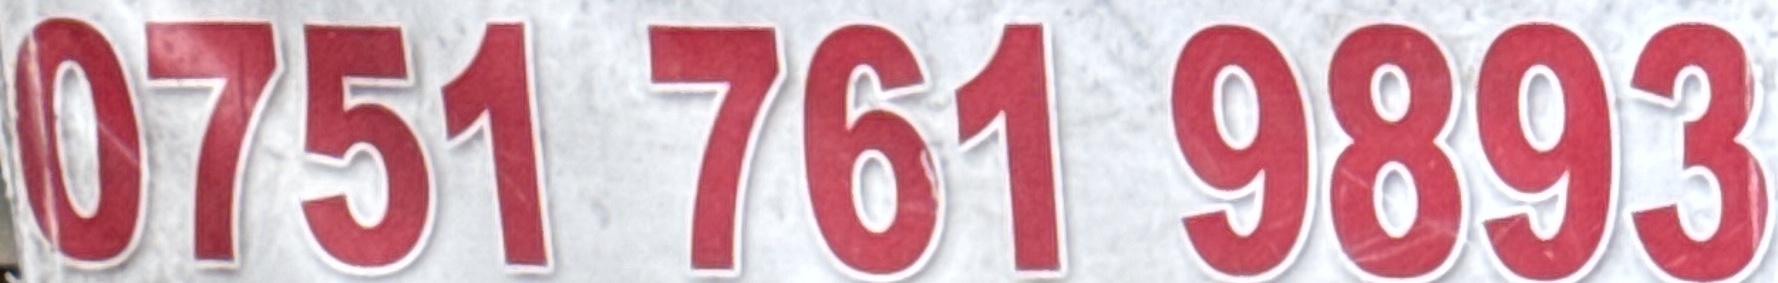
0751 761 9893